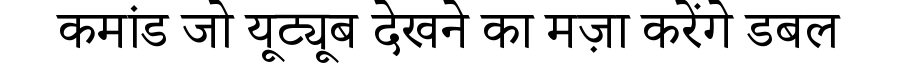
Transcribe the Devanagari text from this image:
कमांड जो यूट्यूब देखने का मज़ा करेंगे डबल